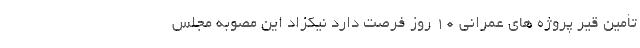
تأمین قیر پروژه های عمرانی ۱۰ روز فرصت دارد نیکزاد این مصوبه مجلس